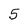
Character: 5